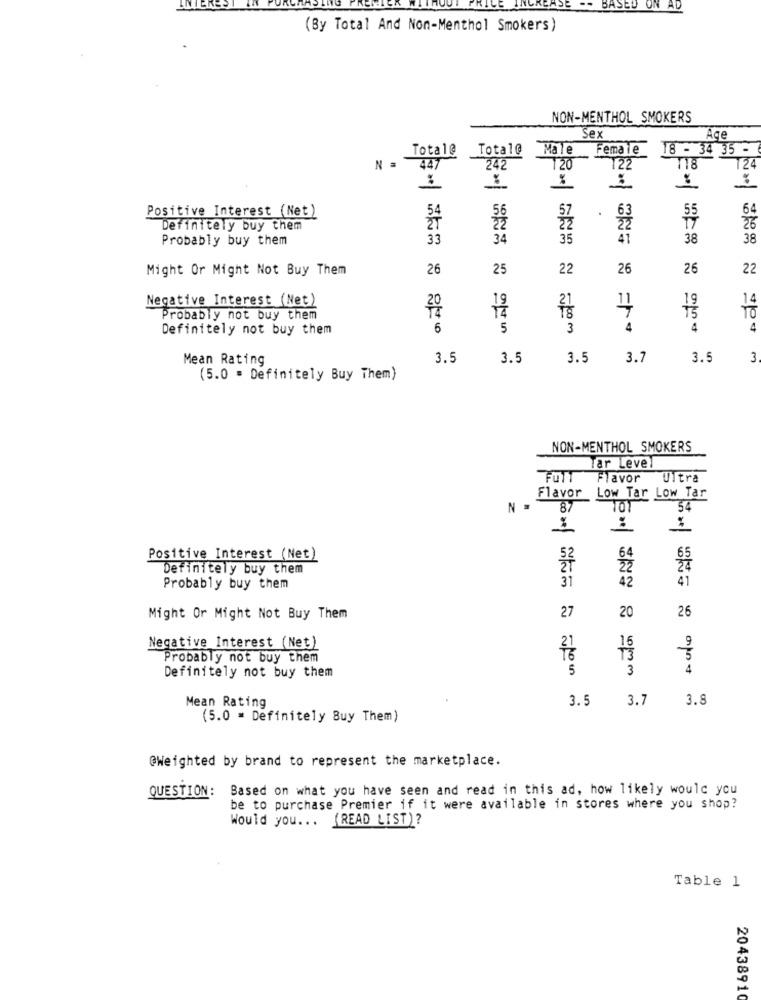
PRICE INCREASE -
BASED ON AD
(By Total And Non-Menthol Smokers)
NON-MENTHOL SMOKERS
sex
Age
Total@
Total@
Male
Female 18 - 34 35 -
Na
447
242
120
122
718
124
is
Nael
Positive Interest (Net)
64
57
.
Definitely buy them
22
26
Probably buy them
33
34
35
41
38
38
Might Or Might Not Buy Them
26
25
22
26
26
22
Negative Interest (Net)
1
Probably not buy them
Definitely not buy them
6
5
3
- 100 m
4
4
4
Mean Rating
3.5
3.5
3.5
3.7
3.
3
(5.0 . Definitely Buy Them)
NON-MENTHOL SMOKERS
Tar Leve
FUTT
Flavor
Ultra
Flavor Low Tar Low Tar
87
TO1
54
Positive Interest (Net)
64
Definitely buy them
31
42
41
Probably buy them
27
20
26
Might Or Might Not Buy Them
Negative Interest (Net)
Probably not buy them
5
0mm
4
Definitely not buy them
Mean Rating
3.5
3.7
3.8
(5.0 = Definitely Buy Them)
@Weighted by brand to represent the marketplace.
QUESTION: Based on what you have seen and read in this ad, how likely would you
be to purchase Premier if it were available in stores where you shop?
(READ LIST)?
Would you ...
Table 1
20438910